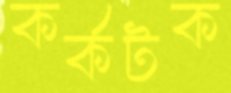
কর্কটক